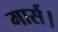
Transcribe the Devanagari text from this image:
मार्स।